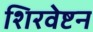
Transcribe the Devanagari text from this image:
शिरवेष्टन